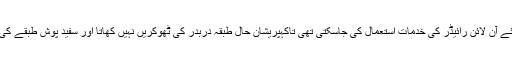
گھر گھر راشن پہنچانے کے لئے آن لائن رائیڈر کی خدمات استعمال کی جاسکتی تھی تاکہپریشان حال طبقہ دربدر کی ٹھوکریں نہیں کھاتا اور سفید پوش طبقے کی عزت نفس مجروح نہیں ہوتی۔